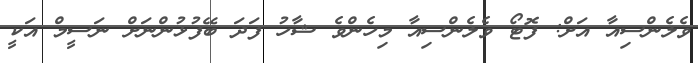
ވެލެންސިއާ އަށް: ފޮޓޯ ވެލެންސިއާ މިހެންވެ ޝާހު ފަދަ ބޭފުޅުންނަށް ނަސީމް އަކީ